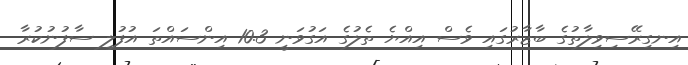
އިނގިރޭސިވިލާތުގެ ބާޒާރުގައި ވެސް އިއްޔެ ތެލުގެ އަގުވަނީ 10.3 އިންސައްތަ އުފުލި ސާފުނުކުރާ